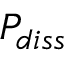
P _ { d i s s }